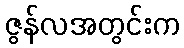
ဇွန်လအတွင်းက